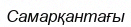
Самарқантағы